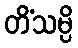
တိံသမ္ပိ